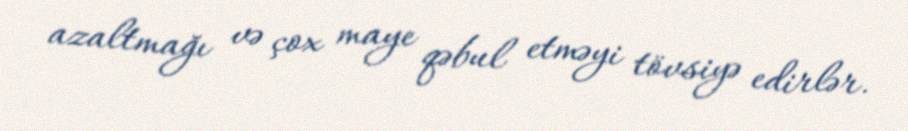
azaltmağı və çox maye qəbul etməyi tövsiyə edirlər.